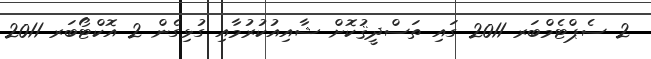
2 ސެޕްޓެމްބަރ 2011 ގައި ތަސްދީޤުކޮށް ޝާއިއުކުރުމާއި ގުޅިގެން 2 އޮކްޓޯބަރ 2011